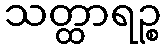
သတ္ထာရဉ္စ